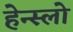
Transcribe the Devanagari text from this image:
हेन्स्लो